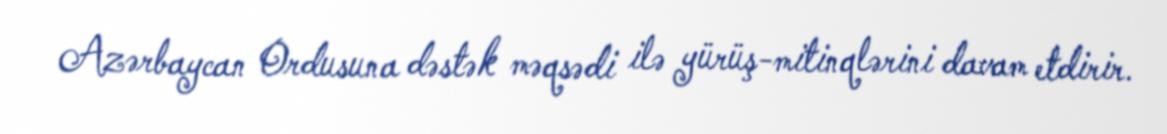
Azərbaycan Ordusuna dəstək məqsədi ilə yürüş-mitinqlərini davam etdirir.